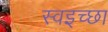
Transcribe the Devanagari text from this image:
स्वइच्छा